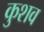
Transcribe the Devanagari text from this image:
कुशव